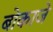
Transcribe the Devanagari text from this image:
बोकाजे